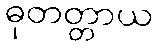
ဓုတတ္တာယ